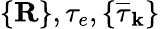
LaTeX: \{ {\mathbf R}\} ,\tau_{e},\{ \overline{{\tau}}_{\mathbf k}\}